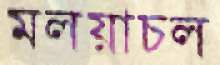
মলয়াচল